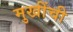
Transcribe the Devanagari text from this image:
मुखींची